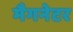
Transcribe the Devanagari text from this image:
मैगनेटर